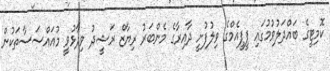
ކޮމިޓީގެ ބައްދަލުވުމުގައި ޕީޕީއެމްގެ ވިލުފުށީ ދާއިރާގެ މެންބަރު ރިޔާޒް ރަޝީދު ވިދާޅުވީ މުއަައްސަސާތަކުން